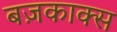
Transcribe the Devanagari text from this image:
बज़काक्स